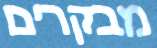
מבקרים